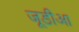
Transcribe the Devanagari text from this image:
जूडीआ